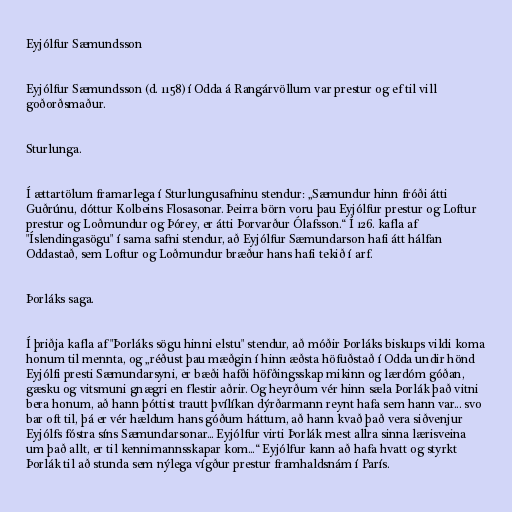
Eyjólfur Sæmundsson

Eyjólfur Sæmundsson (d. 1158) í Odda á Rangárvöllum var prestur og ef til vill
goðorðsmaður.

Sturlunga.

Í ættartölum framarlega í Sturlungusafninu stendur: „Sæmundur hinn fróði átti
Guðrúnu, dóttur Kolbeins Flosasonar. Þeirra börn voru þau Eyjólfur prestur og Loftur
prestur og Loðmundur og Þórey, er átti Þorvarður Ólafsson.“ Í 126. kafla af
"Íslendingasögu" í sama safni stendur, að Eyjólfur Sæmundarson hafi átt hálfan
Oddastað, sem Loftur og Loðmundur bræður hans hafi tekið í arf.

Þorláks saga.

Í þriðja kafla af "Þorláks sögu hinni elstu" stendur, að móðir Þorláks biskups vildi koma
honum til mennta, og „réðust þau mæðgin í hinn æðsta höfuðstað í Odda undir hönd
Eyjólfi presti Sæmundarsyni, er bæði hafði höfðingsskap mikinn og lærdóm góðan,
gæsku og vitsmuni gnægri en flestir aðrir. Og heyrðum vér hinn sæla Þorlák það vitni
bera honum, að hann þóttist trautt þvílíkan dýrðarmann reynt hafa sem hann var... svo
bar oft til, þá er vér hældum hans góðum háttum, að hann kvað það vera siðvenjur
Eyjólfs fóstra síns Sæmundarsonar... Eyjólfur virti Þorlák mest allra sinna lærisveina
um það allt, er til kennimannsskapar kom...“ Eyjólfur kann að hafa hvatt og styrkt
Þorlák til að stunda sem nýlega vígður prestur framhaldsnám í París.